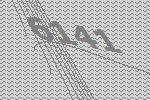
6141